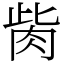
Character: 胔